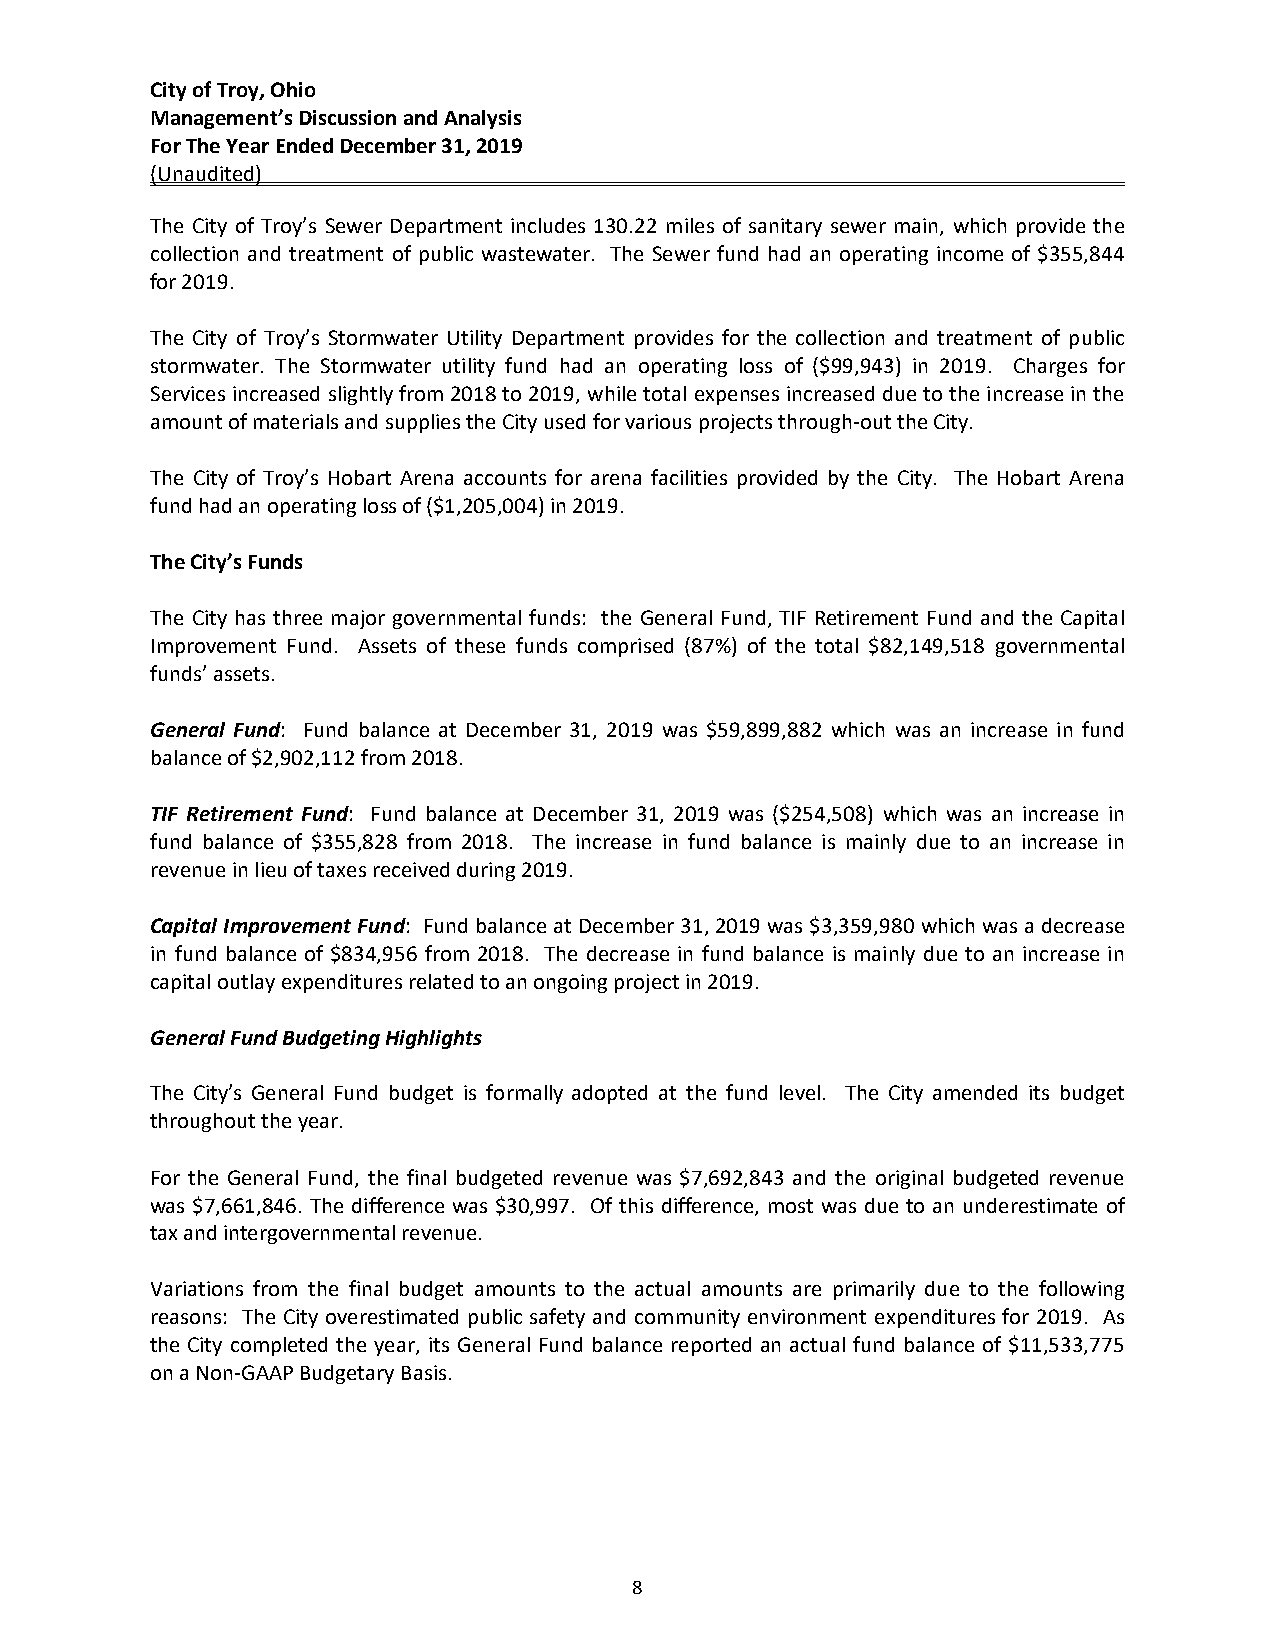
City of Troy, Ohio
 Management’s Discussion and Analysis
 For The Year Ended December 31, 2019
 (Unaudited)
 The City of Troy’s Sewer Department includes 130.22 miles of sanitary sewer main, which provide the
 collection and treatment of public wastewater. The Sewer fund had an operating income of $355,844
 for 2019.
 The City of Troy’s Stormwater Utility Department provides for the collection and treatment of public
 stormwater. The Stormwater utility fund had an operating loss of ($99,943) in 2019. Charges for
 Services increased slightly from 2018 to 2019, while total expenses increased due to the increase in the
 amount of materials and supplies the City used for various projects through‐out the City.
 The City of Troy’s Hobart Arena accounts for arena facilities provided by the City. The Hobart Arena
 fund had an operating loss of ($1,205,004) in 2019.
 The City’s Funds
 The City has three major governmental funds: the General Fund, TIF Retirement Fund and the Capital
 Improvement Fund. Assets of these funds comprised (87%) of the total $82,149,518 governmental
 funds’ assets.
 General Fund: Fund balance at December 31, 2019 was $59,899,882 which was an increase in fund
 balance of $2,902,112 from 2018.
 TIF Retirement Fund: Fund balance at December 31, 2019 was ($254,508) which was an increase in
 fund balance of $355,828 from 2018. The increase in fund balance is mainly due to an increase in
 revenue in lieu of taxes received during 2019.
 Capital Improvement Fund: Fund balance at December 31, 2019 was $3,359,980 which was a decrease
 in fund balance of $834,956 from 2018. The decrease in fund balance is mainly due to an increase in
 capital outlay expenditures related to an ongoing project in 2019.
 General Fund Budgeting Highlights
 The City’s General Fund budget is formally adopted at the fund level. The City amended its budget
 throughout the year.
 For the General Fund, the final budgeted revenue was $7,692,843 and the original budgeted revenue
 was $7,661,846. The difference was $30,997. Of this difference, most was due to an underestimate of
 tax and intergovernmental revenue.
 Variations from the final budget amounts to the actual amounts are primarily due to the following
 reasons: The City overestimated public safety and community environment expenditures for 2019. As
 the City completed the year, its General Fund balance reported an actual fund balance of $11,533,775
 on a Non‐GAAP Budgetary Basis.
 8